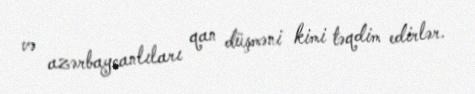
və azərbaycanlıları qan düşməni kimi təqdim edirlər.